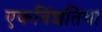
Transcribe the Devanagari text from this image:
एकविंशतिधा